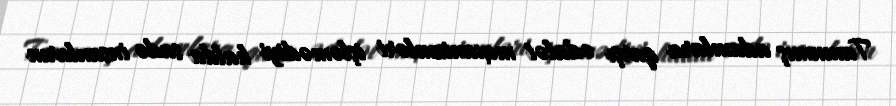
Tanınmış adamlara qarşı ədalət mexanizmləri işləmədiyi halda sadə insanların